65_HS1-834228961_62-HQ-83894_Section_1
Agency: FBI
Page 130
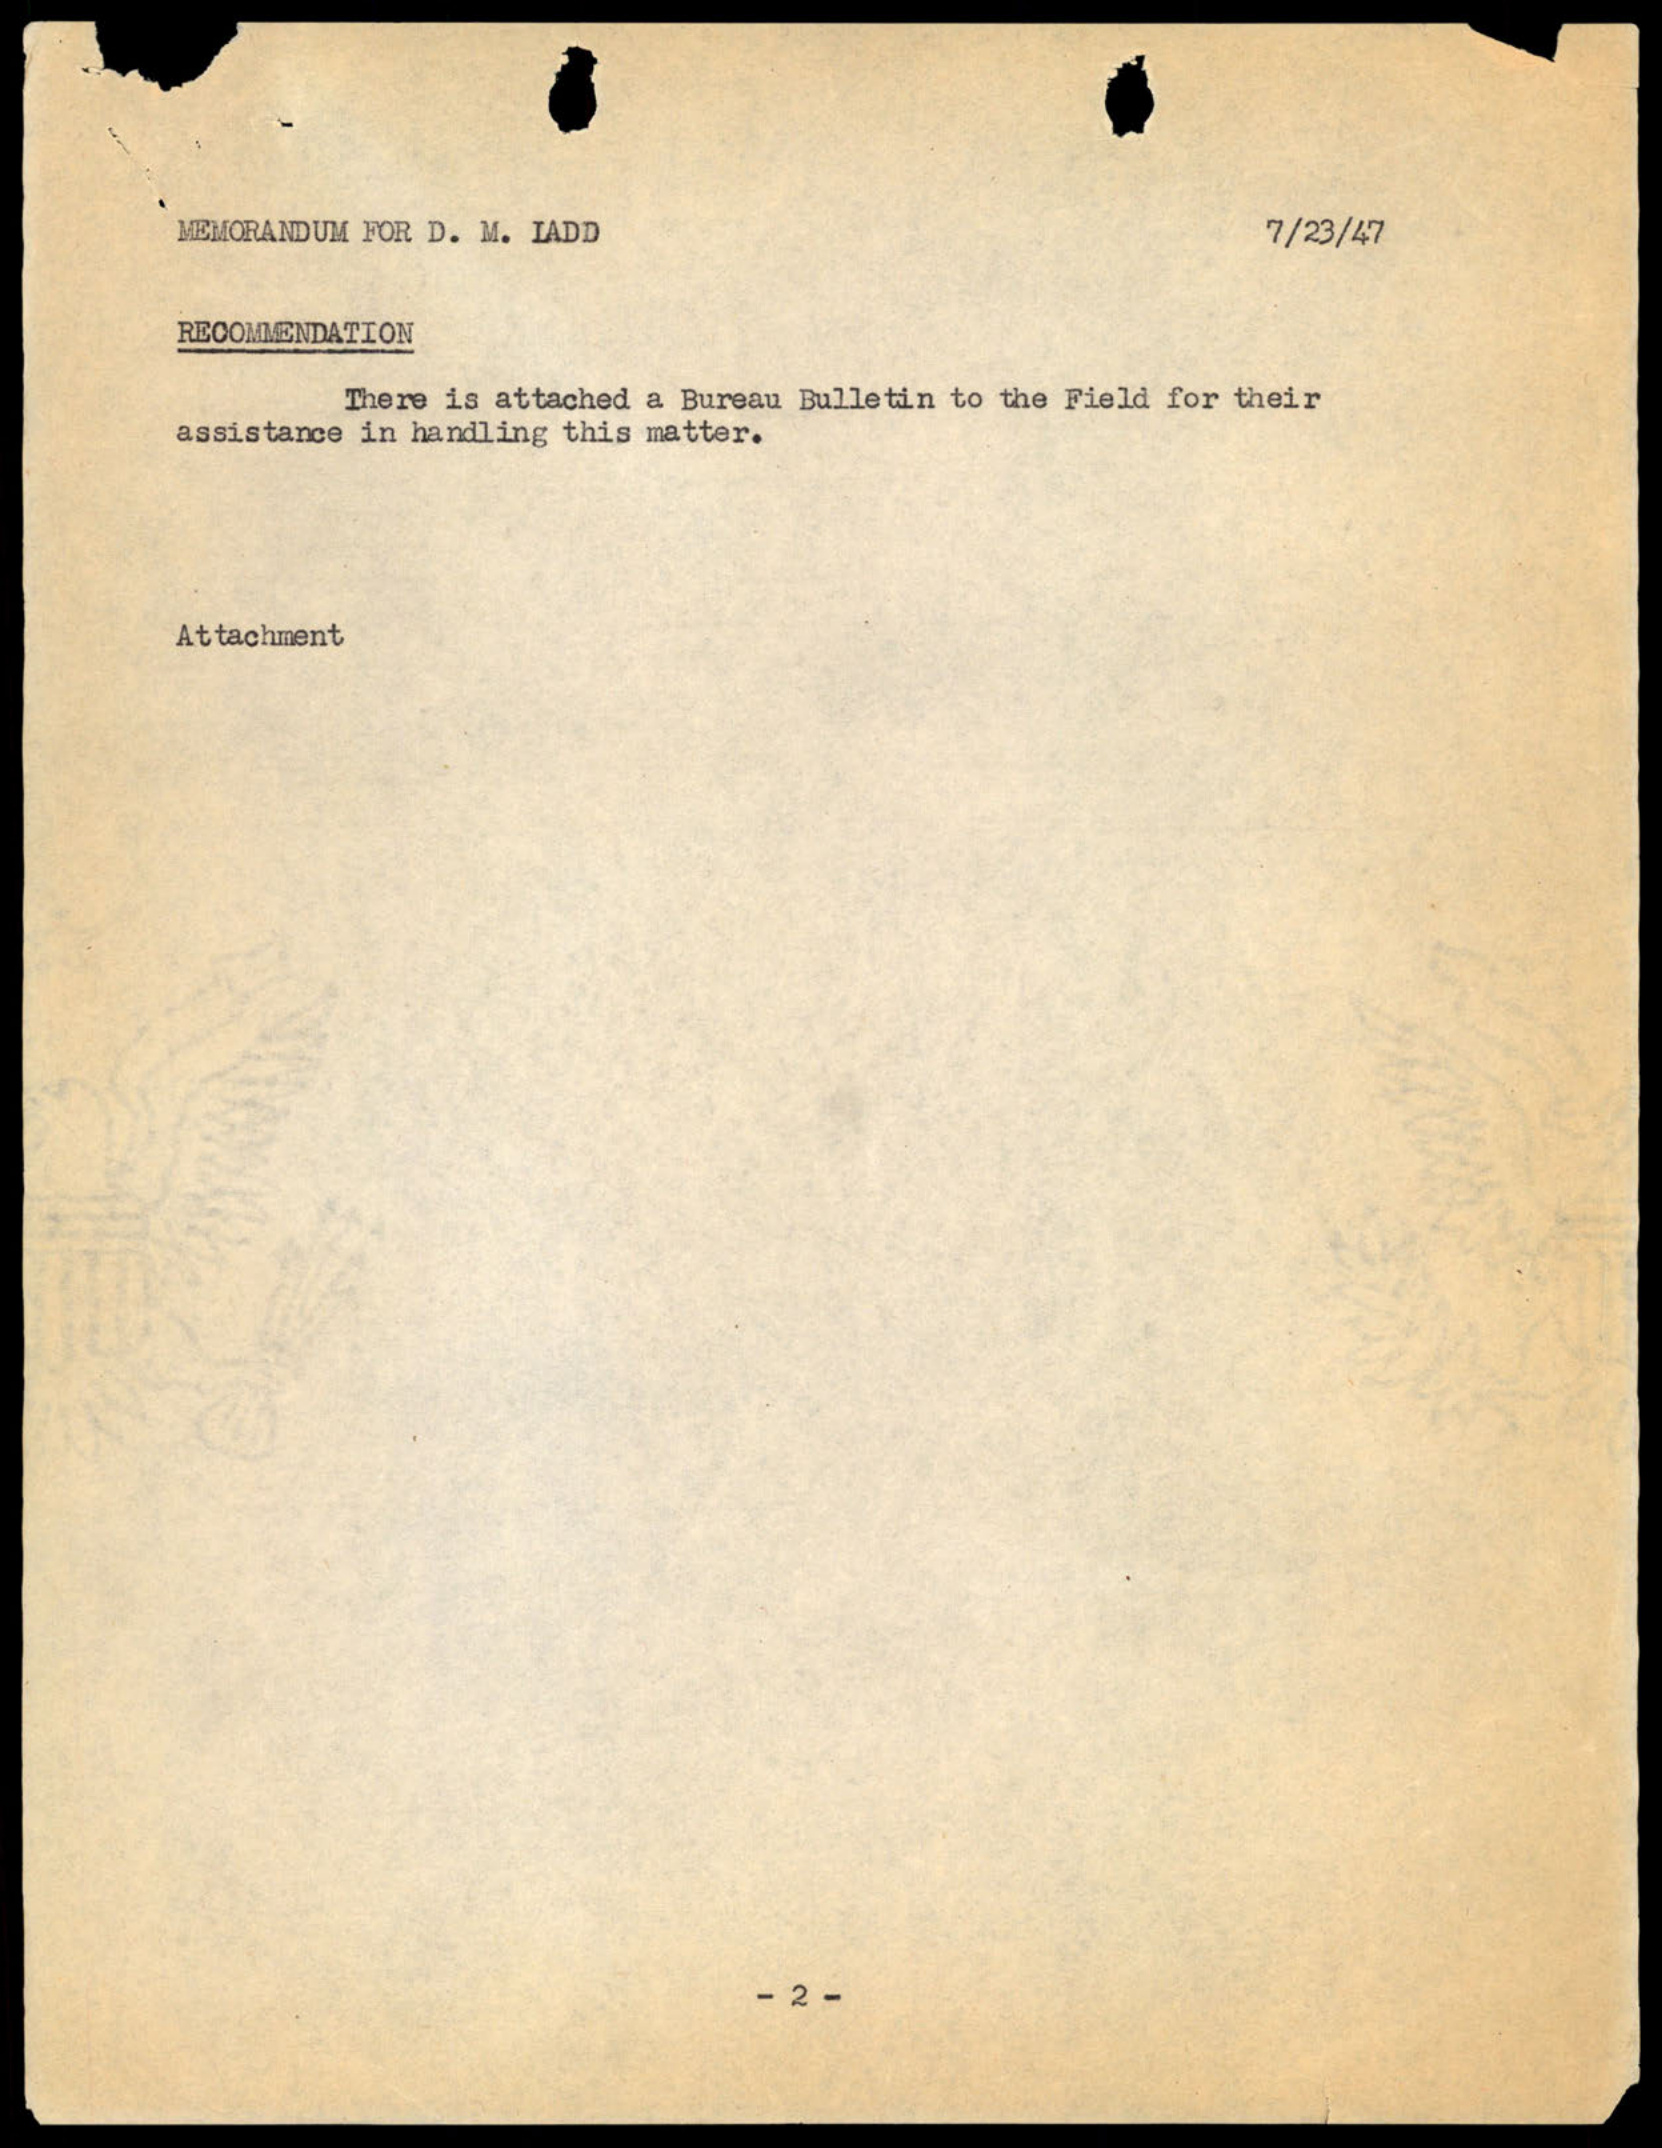